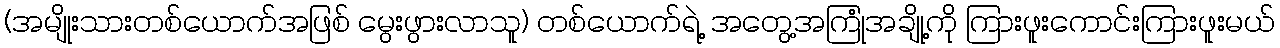
(အမျိုးသားတစ်ယောက်အဖြစ် မွေးဖွားလာသူ) တစ်ယောက်ရဲ့ အတွေ့အကြုံအချို့ကို ကြားဖူးကောင်းကြားဖူးမယ်